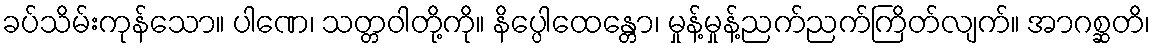
ခပ်သိမ်းကုန်သော။ ပါဏေ၊ သတ္တဝါတို့ကို။ နိပ္ပေါထေန္တော၊ မှုန့်မှုန့်ညက်ညက်ကြိတ်လျက်။ အာဂစ္ဆတိ၊